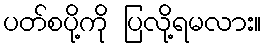
ပတ်စပို့ကို ပြလို့ရမလား။